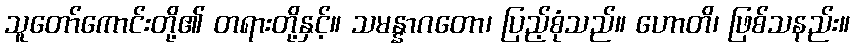
သူတော်ကောင်းတို့၏ တရားတို့နှင့်။ သမန္နာဂတော၊ ပြည့်စုံသည်။ ဟောတိ၊ ဖြစ်သနည်း။